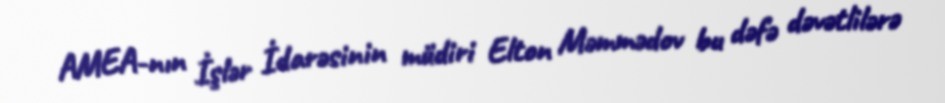
AMEA-nın İşlər İdarəsinin müdiri Elton Məmmədov bu dəfə dəvətlilərə